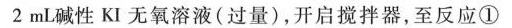
2mL碱性KI无氧溶液(过量)，开启搅拌器，至反应①